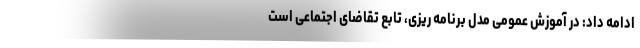
ادامه داد: در آموزش عمومی مدل برنامه ریزی، تابع تقاضای اجتماعی است